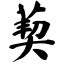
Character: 葜